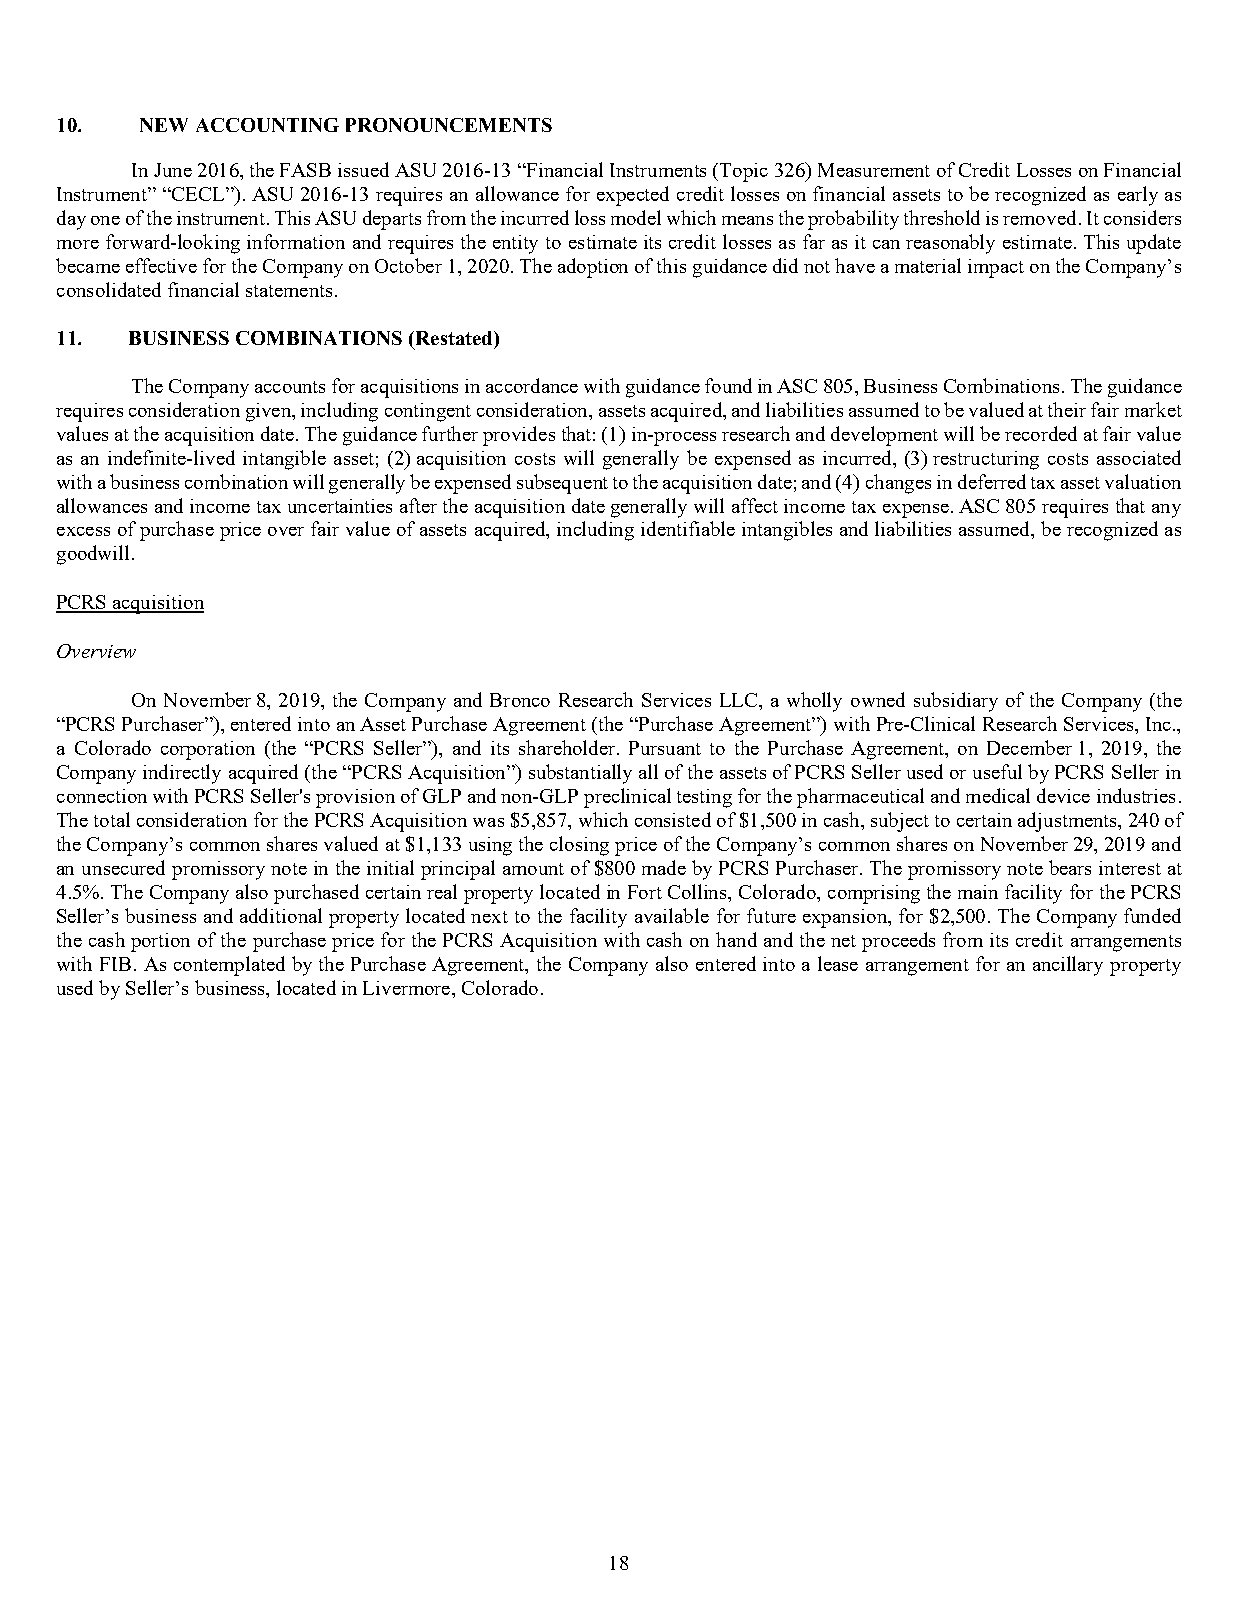
10.  NEW ACCOUNTING PRONOUNCEMENTS
 In June 2016, the FASB issued ASU 2016-13 “Financial Instruments (Topic 326) Measurement of Credit Losses on Financial
 Instrument” “CECL”). ASU 2016-13 requires an allowance for expected credit losses on financial assets to be recognized as early as
 day one of the instrument. This ASU departs from the incurred loss model which means the probability threshold is removed. It considers
 more forward-looking information and requires the entity to estimate its credit losses as far as it can reasonably estimate. This update
 became effective for the Company on October 1, 2020. The adoption of this guidance did not have a material impact on the Company’s
 consolidated financial statements.
 11.  BUSINESS COMBINATIONS (Restated)
 The Company accounts for acquisitions in accordance with guidance found in ASC 805, Business Combinations. The guidance
 requires consideration given, including contingent consideration, assets acquired, and liabilities assumed to be valued at their fair market
 values at the acquisition date. The guidance further provides that: (1) in-process research and development will be recorded at fair value
 as an indefinite-lived intangible asset; (2) acquisition costs will generally be expensed as incurred, (3) restructuring costs associated
 with a business combination will generally be expensed subsequent to the acquisition date; and (4) changes in deferred tax asset valuation
 allowances and income tax uncertainties after the acquisition date generally will affect income tax expense. ASC 805 requires that any
 excess of purchase price over fair value of assets acquired, including identifiable intangibles and liabilities assumed, be recognized as
 goodwill.
 PCRS acquisition
 Overview
 On November 8, 2019, the Company and Bronco Research Services LLC, a wholly owned subsidiary of the Company (the
 “PCRS Purchaser”), entered into an Asset Purchase Agreement (the “Purchase Agreement”) with Pre-Clinical Research Services, Inc.,
 a Colorado corporation (the “PCRS Seller”), and its shareholder. Pursuant to the Purchase Agreement, on December 1, 2019, the
 Company indirectly acquired (the “PCRS Acquisition”) substantially all of the assets of PCRS Seller used or useful by PCRS Seller in
 connection with PCRS Seller's provision of GLP and non-GLP preclinical testing for the pharmaceutical and medical device industries.
 The total consideration for the PCRS Acquisition was $5,857, which consisted of $1,500 in cash, subject to certain adjustments, 240 of
 the Company’s common shares valued at $1,133 using the closing price of the Company’s common shares on November 29, 2019 and
 an unsecured promissory note in the initial principal amount of $800 made by PCRS Purchaser. The promissory note bears interest at
 4.5%. The Company also purchased certain real property located in Fort Collins, Colorado, comprising the main facility for the PCRS
 Seller’s business and additional property located next to the facility available for future expansion, for $2,500. The Company funded
 the cash portion of the purchase price for the PCRS Acquisition with cash on hand and the net proceeds from its credit arrangements
 with FIB. As contemplated by the Purchase Agreement, the Company also entered into a lease arrangement for an ancillary property
 used by Seller’s business, located in Livermore, Colorado.
 18